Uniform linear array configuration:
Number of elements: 64
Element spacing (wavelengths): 0.25
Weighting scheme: kaiser
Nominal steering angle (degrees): -30
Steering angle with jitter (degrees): -29.931
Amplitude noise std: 0.05
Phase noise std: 0.05

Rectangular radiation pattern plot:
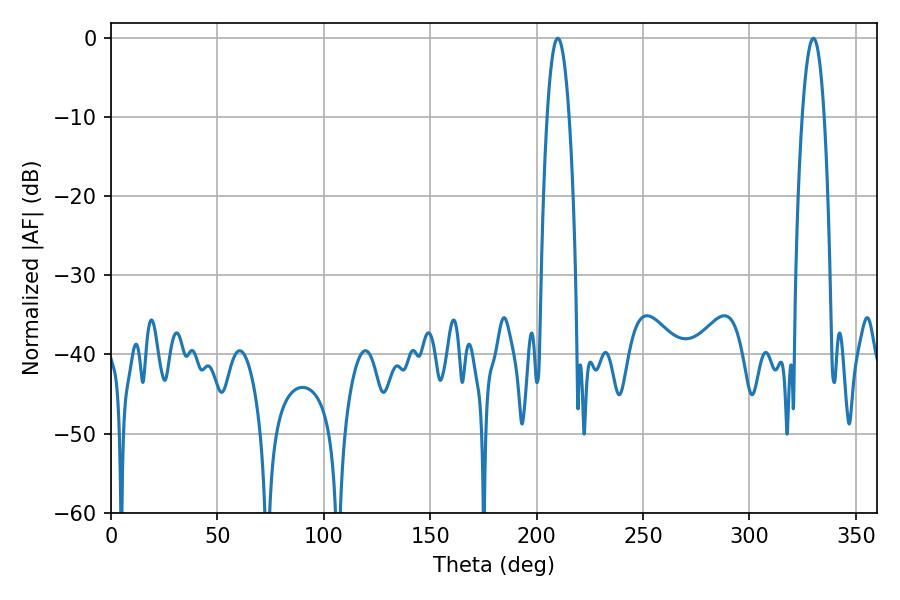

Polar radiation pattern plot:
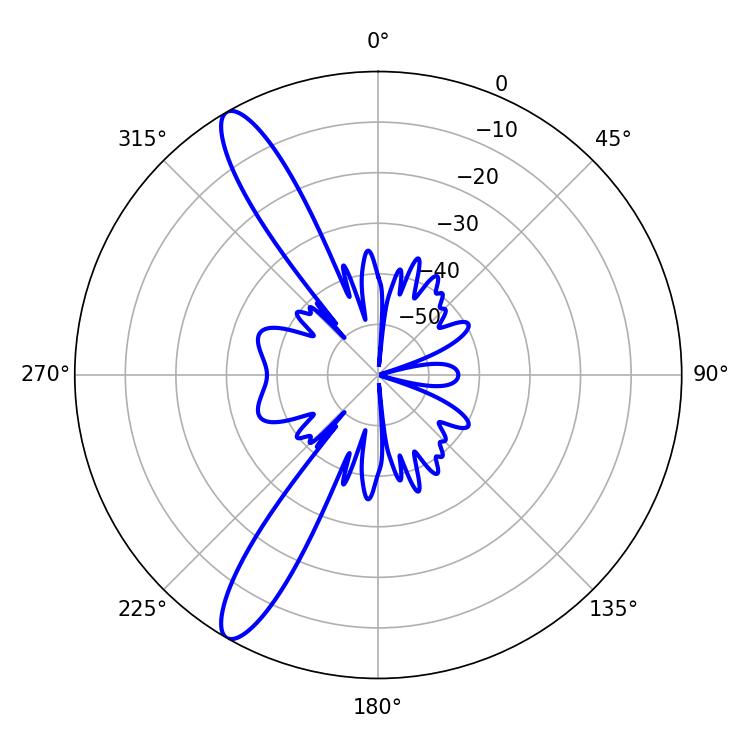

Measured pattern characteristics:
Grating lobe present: FALSE
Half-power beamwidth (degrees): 5.58
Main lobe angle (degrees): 209.88